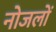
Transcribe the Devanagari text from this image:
नोजलों